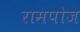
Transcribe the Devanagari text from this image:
रामपोज